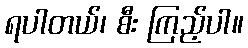
ရပါတယ်၊ စီး ကြည့်ပါ။